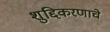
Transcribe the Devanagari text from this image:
शुद्दिकरणाचे